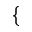
\{